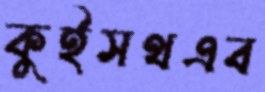
কুইসথএব